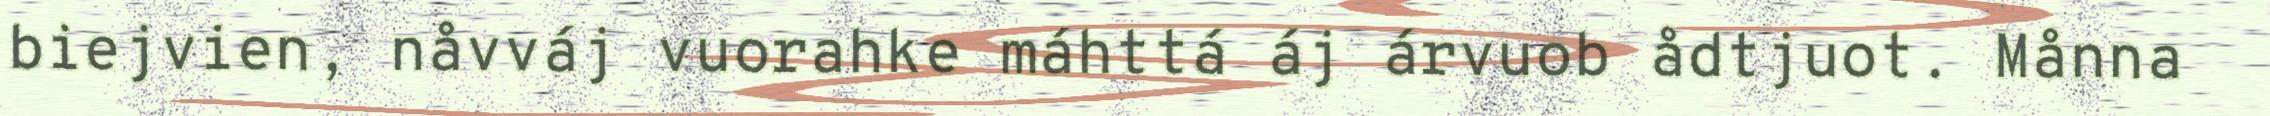
biejvien, nåvváj vuorahke máhttá áj árvuob ådtjuot. Månna